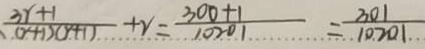
\frac { 3 r + 1 } { ( r + 1 ) ( r + 1 ) } + r = \frac { 3 0 0 + 1 } { 1 0 2 0 1 } = \frac { 3 0 1 } { 1 0 2 0 1 }